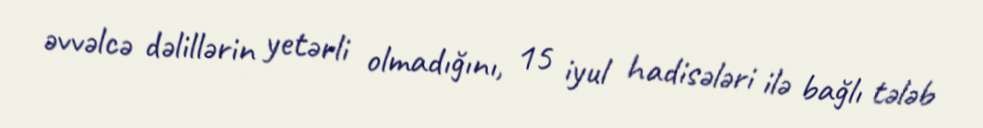
əvvəlcə dəlillərin yetərli olmadığını, 15 iyul hadisələri ilə bağlı tələb